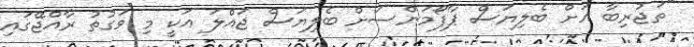
"ތަޖުރިބާ އަށް ބެލިޔަސް ޕާފޯމަންސަށް ބެލިޔަސް ޖައްލަ އަކީ މި ވަގުތު ރާއްޖޭގައި